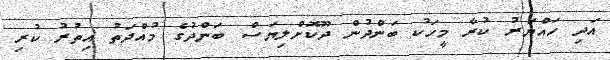
އަދި ހައްޔަރު ކުރާ މީހަކު ބަންދުން ދޫކޮށްލިޔަސް ބަންދުގެ މުއްދަތު އިތުރު ކުރި